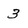
Character: 3